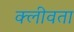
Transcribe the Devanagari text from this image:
क्लीवता